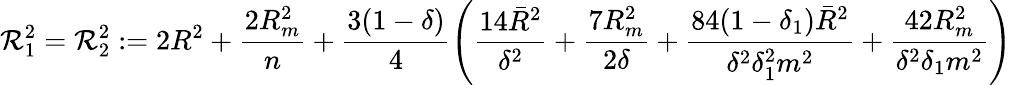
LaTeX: {\cal R}_{1}^{2}={\cal R}_{2}^{2}\; {:=}\; 2R^{2}+\frac{2R_{m}^{2}}{n}+\frac{3(1-\delta)}{4}\left(\frac{14{\bar{R}}^{2}}{\delta^{2}}+\frac{7R_{m}^{2}}{2\delta}+\frac{84(1-\delta_{1}){\bar{R}}^{2}}{\delta^{2}\delta_{1}^{2}m^{2}}+\frac{42R_{m}^{2}}{\delta^{2}\delta_{1}m^{2}}\right)